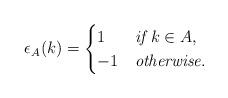
LaTeX: \begin{align*}\epsilon_A(k) = \begin{cases} 1 & \textit {if $k \in A$}, \\ -1 & \textit {otherwise}. \end{cases}\end{align*}